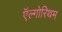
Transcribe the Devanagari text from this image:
ऍल्गोरिथम